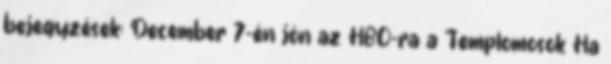
bejegyzések: December 7-én jön az HBO-ra a Templomosok Ha